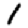
Digit: 1